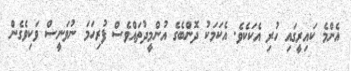
އެންމެ ކައިރީގައި ހުރި އެކަކެވެ. އެކަމަކު ދޮންބެގެ އުންމީދުތައްވެސް ފުރިހަމަ ނުވަނީސް ވަކިވެގެން